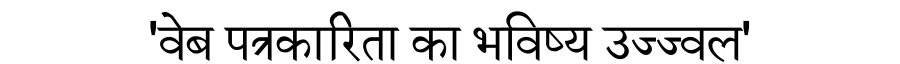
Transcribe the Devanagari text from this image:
'वेब पत्रकारिता का भविष्य उज्ज्वल'